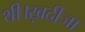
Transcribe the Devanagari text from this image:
थी।ख़दीजा